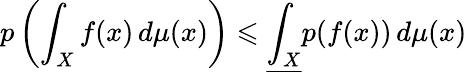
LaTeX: p\left(\int_{X}f(x)\, d\mu(x)\right)\leqslant{\underline{{\int_{X}}}}p(f(x))\, d\mu(x)